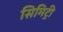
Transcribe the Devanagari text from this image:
सिमिट्री